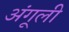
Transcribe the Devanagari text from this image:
अंगूली